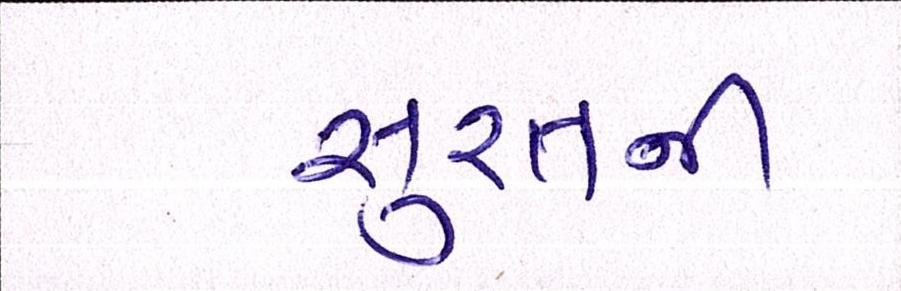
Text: સુરતની